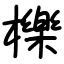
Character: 櫟